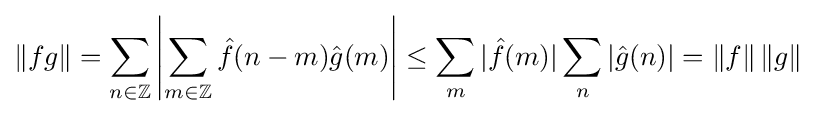
\|fg\|=\sum _{n\in \mathbb {Z} }\left|\sum _{m\in \mathbb {Z} }{\hat {f}}(n-m){\hat {g}}(m)\right|\leq \sum _{m}|{\hat {f}}(m)|\sum _{n}|{\hat {g}}(n)|=\|f\|\,\|g\|